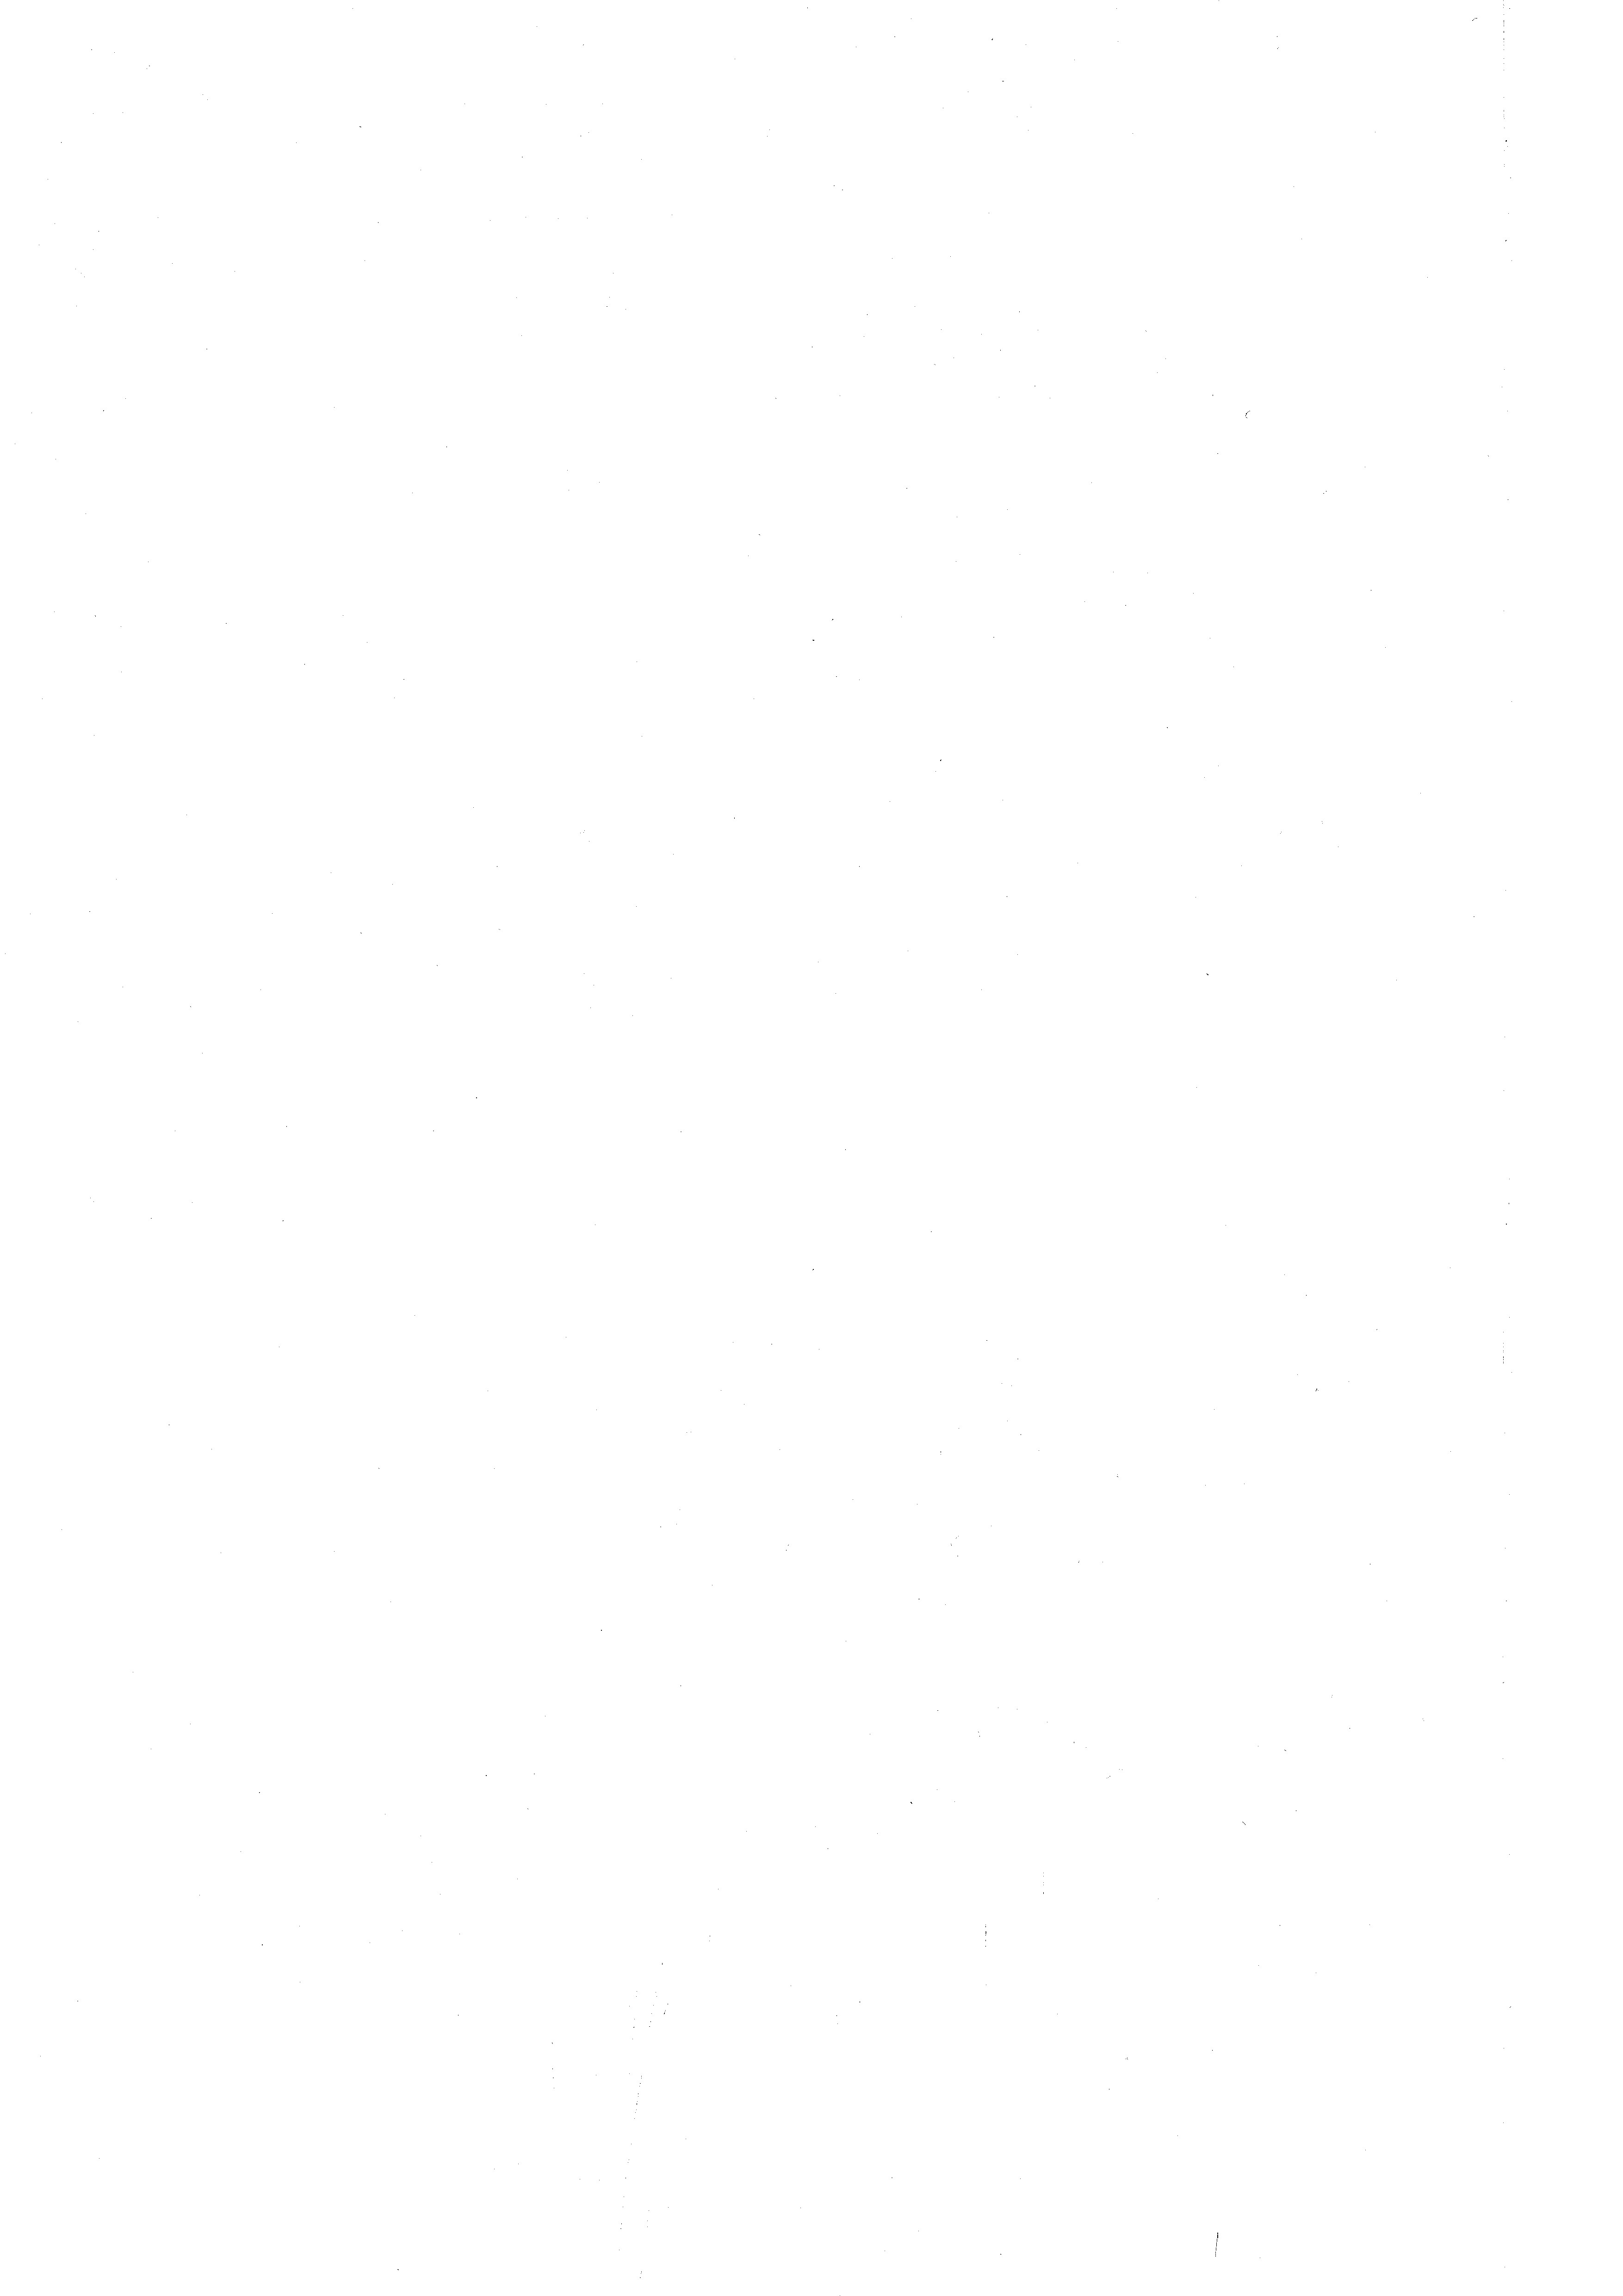
.

e

e
n

e

e

e
e

e
e

.
.
e
d

¬
¬
e

¬

e
e

e
e

.
.
e

e
e
.

n

¬

e

.
e
d
e
e
¬
e

34
5
5
e
d
e
n
e
e

e
n
2

S

¬

e
e
e
¬
e

n

e
2

e

e

¬
.
e
e
.
¬
.
e
e
e
.
.
e
e

e

2

e

e
e

n

.

e

e

3

e

2

.
e
n
n
e
n
.
e
e
¬
.
e
e
¬
e
.
.
e
e
e

¬
.

¬

n

n
.

.
.
n

82

.
.
¬
¬

e
e

.
2

.
¬
e
e
.
.
e
e
¬
¬
e
d

e

n

e

2
e

e

¬
e
e
¬
e

n

¬
n
e
.

e
e

e

e

e

e

.

¬
e
i
e
e

d